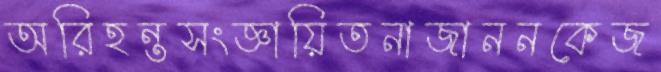
অরিহন্তসংজ্ঞায়িতনাজাননকেজ